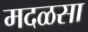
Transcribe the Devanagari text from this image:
मदळसा